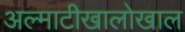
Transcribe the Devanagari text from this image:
अल्माटीखालोखाल